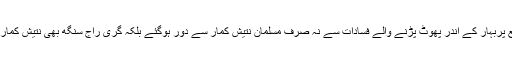
رام نومی کےموقع پربہار کے اندر پھوٹ پڑنے والے فسادات سے نہ صرف مسلمان نتیش کمار سے دور ہوگئے بلکہ گری راج سنگھ بھی نتیش کمار پر خوب برسے ۔